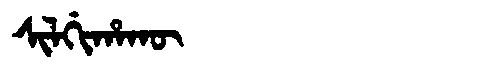
Manchu: ᠰᡳᠯᡤᡳᡥᠠᡴᡡ
Romanization: SILGIHAKŪ